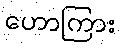
ဟောကြား